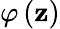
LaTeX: \varphi\left(\mathbf{z}\right)